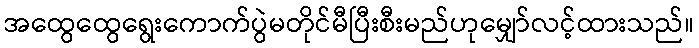
အထွေထွေရွေးကောက်ပွဲမတိုင်မီပြီးစီးမည်ဟုမျှော်လင့်ထားသည်။